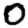
Digit: 0